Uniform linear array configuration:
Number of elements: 12
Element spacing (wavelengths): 0.25
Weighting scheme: exponential
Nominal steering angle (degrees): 60
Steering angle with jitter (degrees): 59.258
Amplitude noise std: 0.05
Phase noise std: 0.05

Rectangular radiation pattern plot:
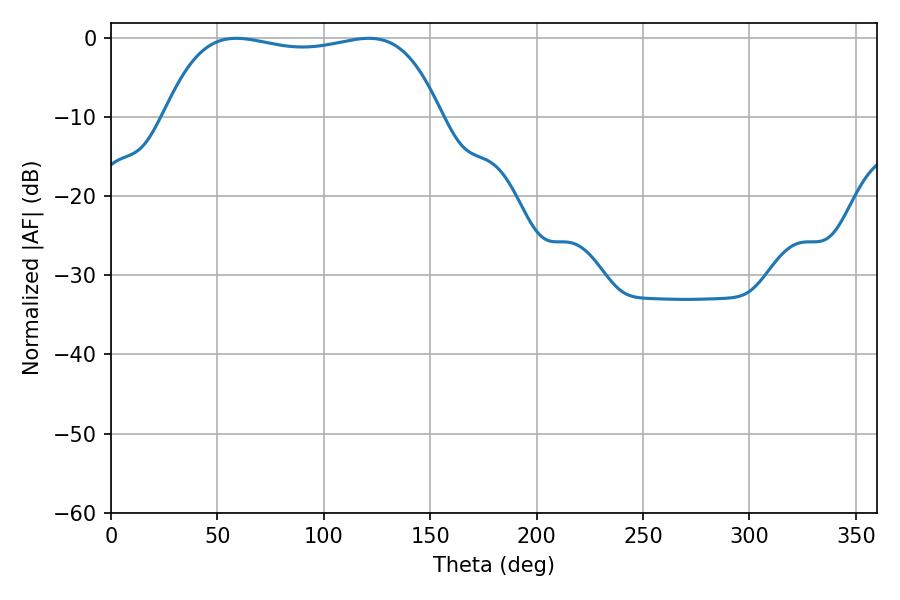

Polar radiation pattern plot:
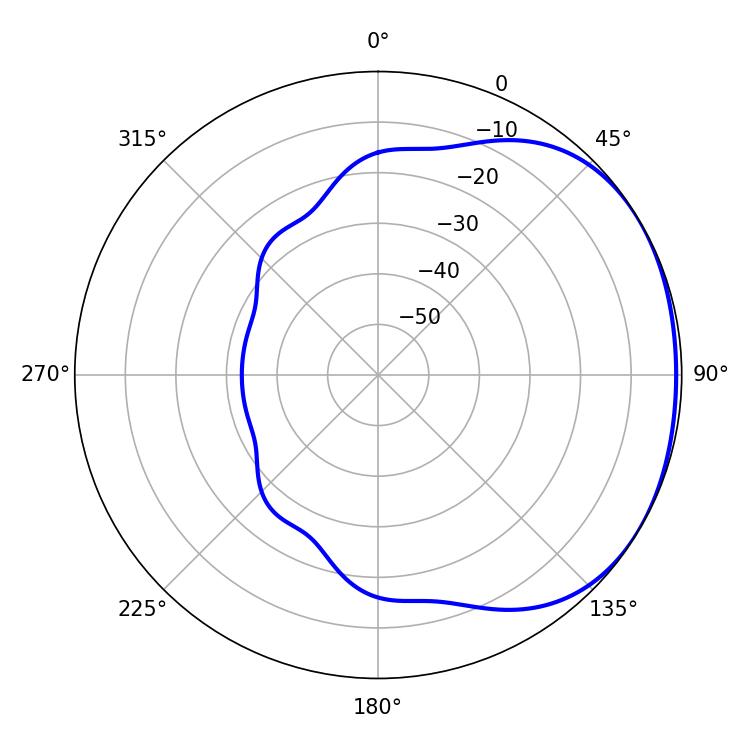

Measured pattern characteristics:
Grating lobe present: FALSE
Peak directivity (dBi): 1.43
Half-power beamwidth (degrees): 103.68
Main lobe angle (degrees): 58.86